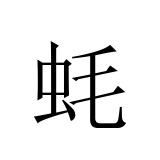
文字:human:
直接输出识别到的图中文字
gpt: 蚝